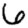
Digit: 6